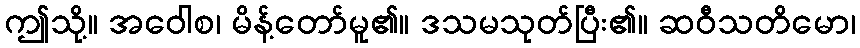
ဤသို့။ အဝေါစ၊ မိန့်တော်မူ၏။ ဒသမသုတ်ပြီး၏။ ဆဝီသတိမော၊